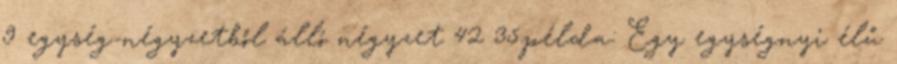
9 egység-négyzetből álló négyzet 42 35.példa: Egy egységnyi élű